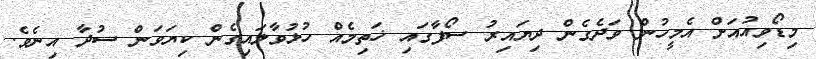
މިޑޯވިއުއަށް އެމީހުން ވަދެގެން ދިޔައިރު ސޯފާގައި ޚަތިމެއް ހުޅުވާލައިގެން ކިޔަވަން ސުދާ އިނެވެ.